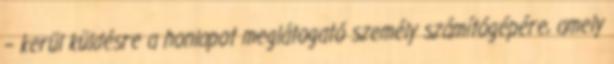
– kerül küldésre a honlapot meglátogató személy számítógépére, amely